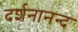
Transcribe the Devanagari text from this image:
दर्शनानन्‍द